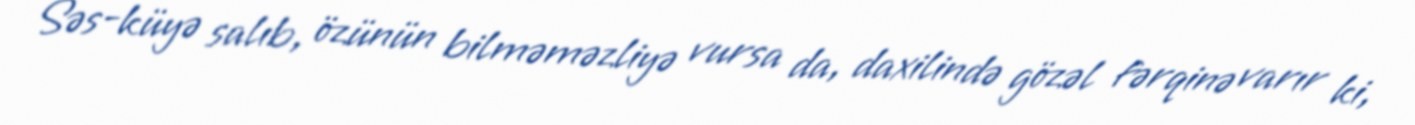
Səs-küyə salıb, özünün bilməməzliyə vursa da, daxilində gözəl fərqinə varır ki,